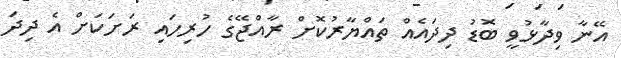
އޭނާ ވިދާޅުވީ ބޮޑު ދިދައެއް ތައްޔާރުކޮށް ރާއްޖޭގެ ހުރިހައި ރަށަކަށް އެ ދިދަ